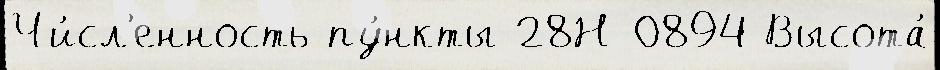
Чи́сл'енность пу́нкты 28Н-0894 Высота́